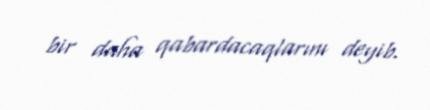
bir daha qabardacaqlarını deyib.